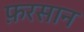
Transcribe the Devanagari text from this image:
फ़रसान